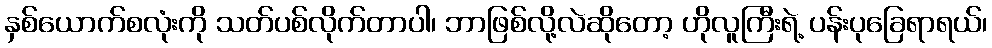
နှစ်ယောက်စလုံးကို သတ်ပစ်လိုက်တာပါ၊ ဘာဖြစ်လို့လဲဆိုတော့ ဟိုလူကြီးရဲ့ ပန်းပုခြေရာရယ်၊